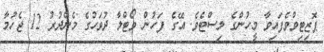
ޕޮޒިޓިވްވެފައިވާ މީހުންގެ ލިސްޓެވެ. އޭގެ ފަހުން ވޯޓްލާ ދުވަހުގެ މެންދުރު 12 ޖެހުމާ